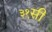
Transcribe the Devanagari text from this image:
३१सी